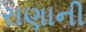
રાણાની